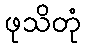
ဖုသိတုံ